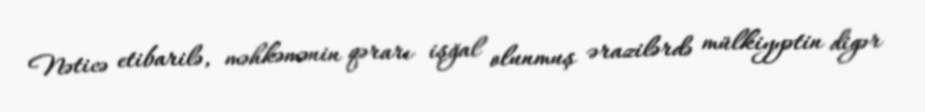
Nəticə etibarilə, məhkəmənin qərarı işğal olunmuş ərazilərdə mülkiyyətin digər